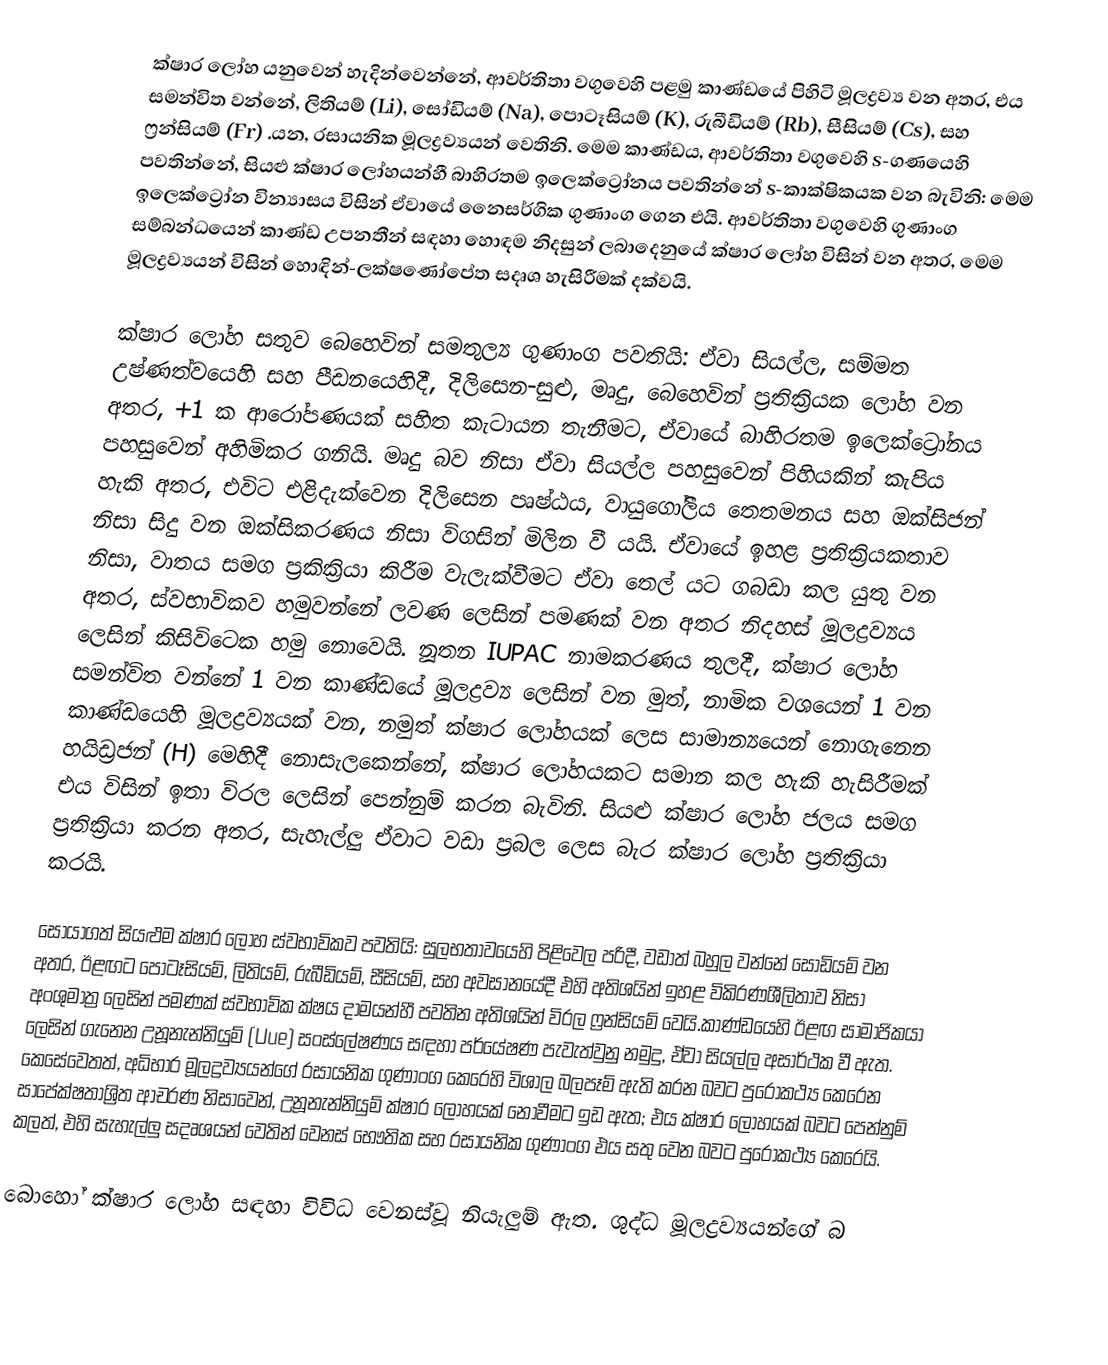
ක්ෂාර ලෝහ යනුවෙන් හැදින්වෙන්නේ,  ආවර්තිතා  වගුවෙහි පළමු කාණ්ඩයේ පිහිටි මූලද්‍රව්‍ය වන අතර, එය සමන්විත වන්නේ,  ලිතියම් (Li), සෝඩියම් (Na), පොටෑසියම් (K), රුබීඩියම් (Rb), සීසියම් (Cs),  සහ ෆ්‍රන්සියම් (Fr) .යන, රසායනික මූලද්‍රව්‍යයන් වෙතිනි. මෙම කාණ්ඩය, ආවර්තිතා වගුවෙහි   s-ගණයෙහි  පවතින්නේ,  සියළු ක්ෂාර ලෝහයන්හී  බාහිරතම ඉලෙක්ට්‍රෝනය පවතින්නේ   s-කාක්ෂිකයක වන බැවිනි: මෙම ඉලෙක්ට්‍රෝන වින්‍යාසය විසින් ඒවායේ නෛසර්ගික ගුණාංග ගෙන එයි. ආවර්තිතා වගුවෙහි ගුණාංග සම්බන්ධයෙන් කාණ්ඩ උපනතීන් සඳහා හොඳම නිදසුන් ලබාදෙනුයේ ක්ෂාර ලෝහ විසින් වන අතර, මෙම මූලද්‍රව්‍යයන් විසින්  හොඳින්-ලක්ෂණෝපේත සදෘශ හැසිරීමක් දක්වයි.

ක්ෂාර ලෝහ සතුව බෙහෙවින් සමතුල්‍ය ගුණාංග පවතියි: ඒවා සියල්ල, සම්මත උෂ්ණත්වයෙහි සහ පීඩනයෙහිදී,  දිලිසෙන-සුළු, මෘදු, බෙහෙවින් ප්‍රතික්‍රියක ලෝහ වන අතර,  +1 ක ආරෝපණයක් සහිත කැටායන තැනීමට, ඒවායේ බාහිරතම ඉලෙක්ට්‍රෝනය පහසුවෙන් අහිමිකර ගනියි. මෘදු බව නිසා ඒවා සියල්ල පහසුවෙන් පිහියකින් කැපිය හැකි අතර, එවිට එළිදැක්වෙන දිලිසෙන පෘෂ්ඨය, වායුගෝලීය තෙතමනය සහ  ඔක්සිජන් නිසා සිදු වන ඔක්සිකරණය  නිසා විගසින් මිලින වී යයි. ඒවායේ ඉහළ ප්‍රතික්‍රියකතාව නිසා, වාතය සමග ප්‍රකික්‍රියා කිරීම වැලැක්වීමට ඒවා තෙල් යට ගබඩා කල යුතු වන අතර, ස්වභාවිකව හමුවන්නේ  ලවණ ලෙසින් පමණක් වන අතර නිදහස් මූලද්‍රව්‍යය ලෙසින් කිසිවිටෙක හමු නොවෙයි.  නූතන IUPAC නාමකරණය තුලදී, ක්ෂාර ලෝහ සමන්විත වන්නේ  1 වන කාණ්ඩයේ මූලද්‍රව්‍ය ලෙසින් වන මුත්, නාමික වශයෙන් 1 වන කාණ්ඩයෙහි මූලද්‍රව්‍යයක් වන,  නමුත් ක්ෂාර ලෝහයක් ලෙස සාමාන්‍යයෙන් නොගැනෙන හයිඩ්‍රජන් (H) මෙහිදී නොසැලකෙන්නේ, ක්ෂාර ලෝහයකට සමාන කල හැකි හැසිරීමක් එය විසින් ඉතා විරල ලෙසින් පෙන්නුම් කරන බැවිනි. සියළු ක්ෂාර ලෝහ ජලය සමග ප්‍රතික්‍රියා කරන අතර, සැහැල්ලු ඒවාට වඩා ප්‍රබල ලෙස බැර ක්ෂාර ලෝහ ප්‍රතික්‍රියා කරයි.

සොයාගත් සියළුම ක්ෂාර ලෝහ ස්වභාවිකව පවතියි: සුලභතාවයෙහි පිළිවෙල පරිදී, වඩාත් බහුල වන්නේ සෝඩියම් වන අතර, ඊළඟට පොටෑසියම්, ලිතියම්, රුබීඩියම්, සීසියම්, සහ අවසානයේදී එහි අතිශයින් ඉහළ විකිරණශීලිතාව නිසා අංශුමාත්‍ර ලෙසින් පමණක් ස්වභාවික  ක්ෂය දාමයන්හී පවතින අතිශයින් විරල ෆ්‍රන්සියම් වෙයි.කාණ්ඩයෙහි ඊළඟ සාමාජිකයා ලෙසින් ගැනෙන උනූනැන්නියුම් (Uue) සංස්ලේෂණය සඳහා පර්යේෂණ පැවැත්වුනු නමුදු, ඒවා සියල්ල අසාර්ථක වී ඇත. කෙසේවෙතත්, අධිභාර මූලද්‍රව්‍යයන්ගේ රසායනික ගුණාංග කෙරෙහි විශාල බලපෑම් ඇති කරන බවට පුරෝකථ්‍ය කෙරෙන  සාපේක්ෂතාශ්‍රිත ආචරණ නිසාවෙන්, උනූනැන්නියුම් ක්ෂාර ලෝහයක් නොවීමට ඉඩ ඇත; එය ක්ෂාර ලෝහයක් බවට පෙන්නුම් කලත්, එහි සැහැල්ලු  සදෘශයන් වෙතින් වෙනස් භෞතික සහ රසායනික ගුණාංග එය සතු වෙන බවට පුරෝකථ්‍ය කෙරෙයි.

බොහෝ ක්ෂාර ලෝහ සඳහා විවිධ වෙනස්වූ නියැලුම් ඇත. ශුද්ධ මූලද්‍රව්‍යයන්ගේ බ